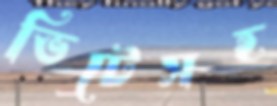
ভিটেসহ